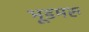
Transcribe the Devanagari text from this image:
भूडमरु